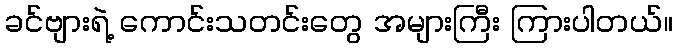
ခင်ဗျားရဲ့ ကောင်းသတင်းတွေ အများကြီး ကြားပါတယ်။